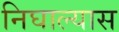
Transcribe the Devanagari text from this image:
निघाल्यास